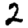
Digit: 2